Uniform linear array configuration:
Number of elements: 64
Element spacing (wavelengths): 1
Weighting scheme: binomial
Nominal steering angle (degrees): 0
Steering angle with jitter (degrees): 1.787
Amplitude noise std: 0.05
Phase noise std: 0.05

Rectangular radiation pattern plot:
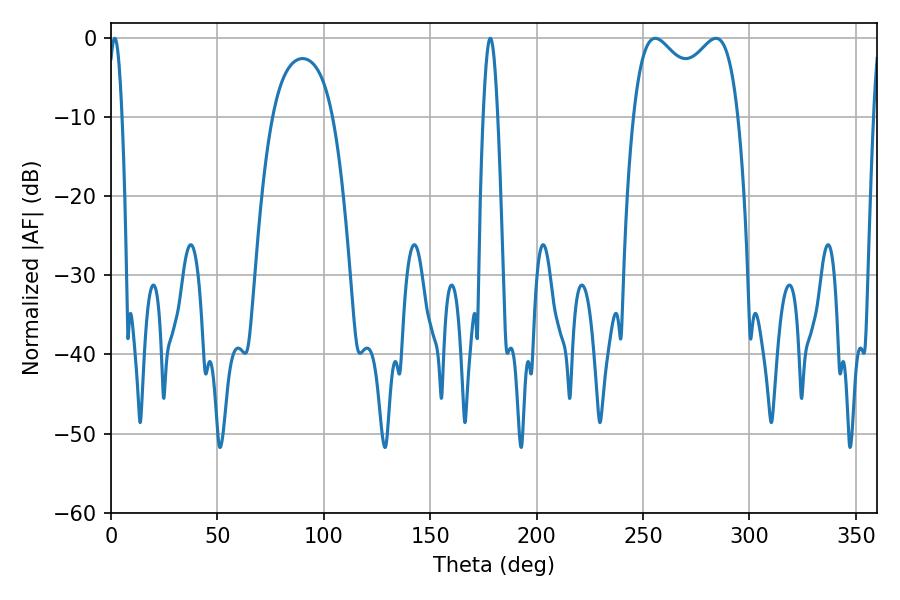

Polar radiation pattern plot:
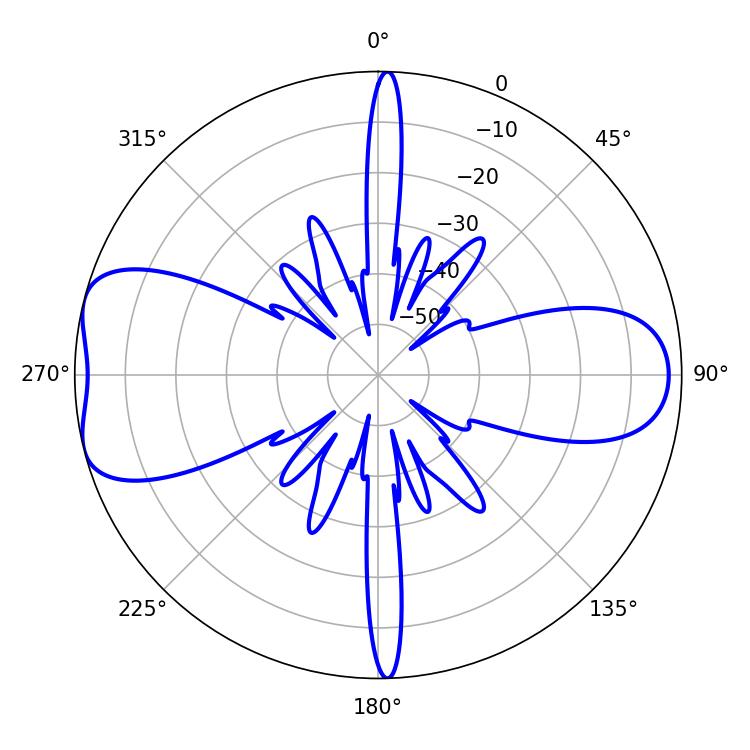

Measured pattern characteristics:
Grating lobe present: TRUE
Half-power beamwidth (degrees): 41.04
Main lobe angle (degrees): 284.22